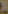
.